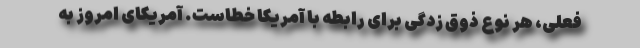
فعلی، هر نوع ذوق زدگی برای رابطه با آمریکا خطاست. آمریکای امروز به